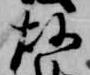
故